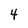
Character: 4